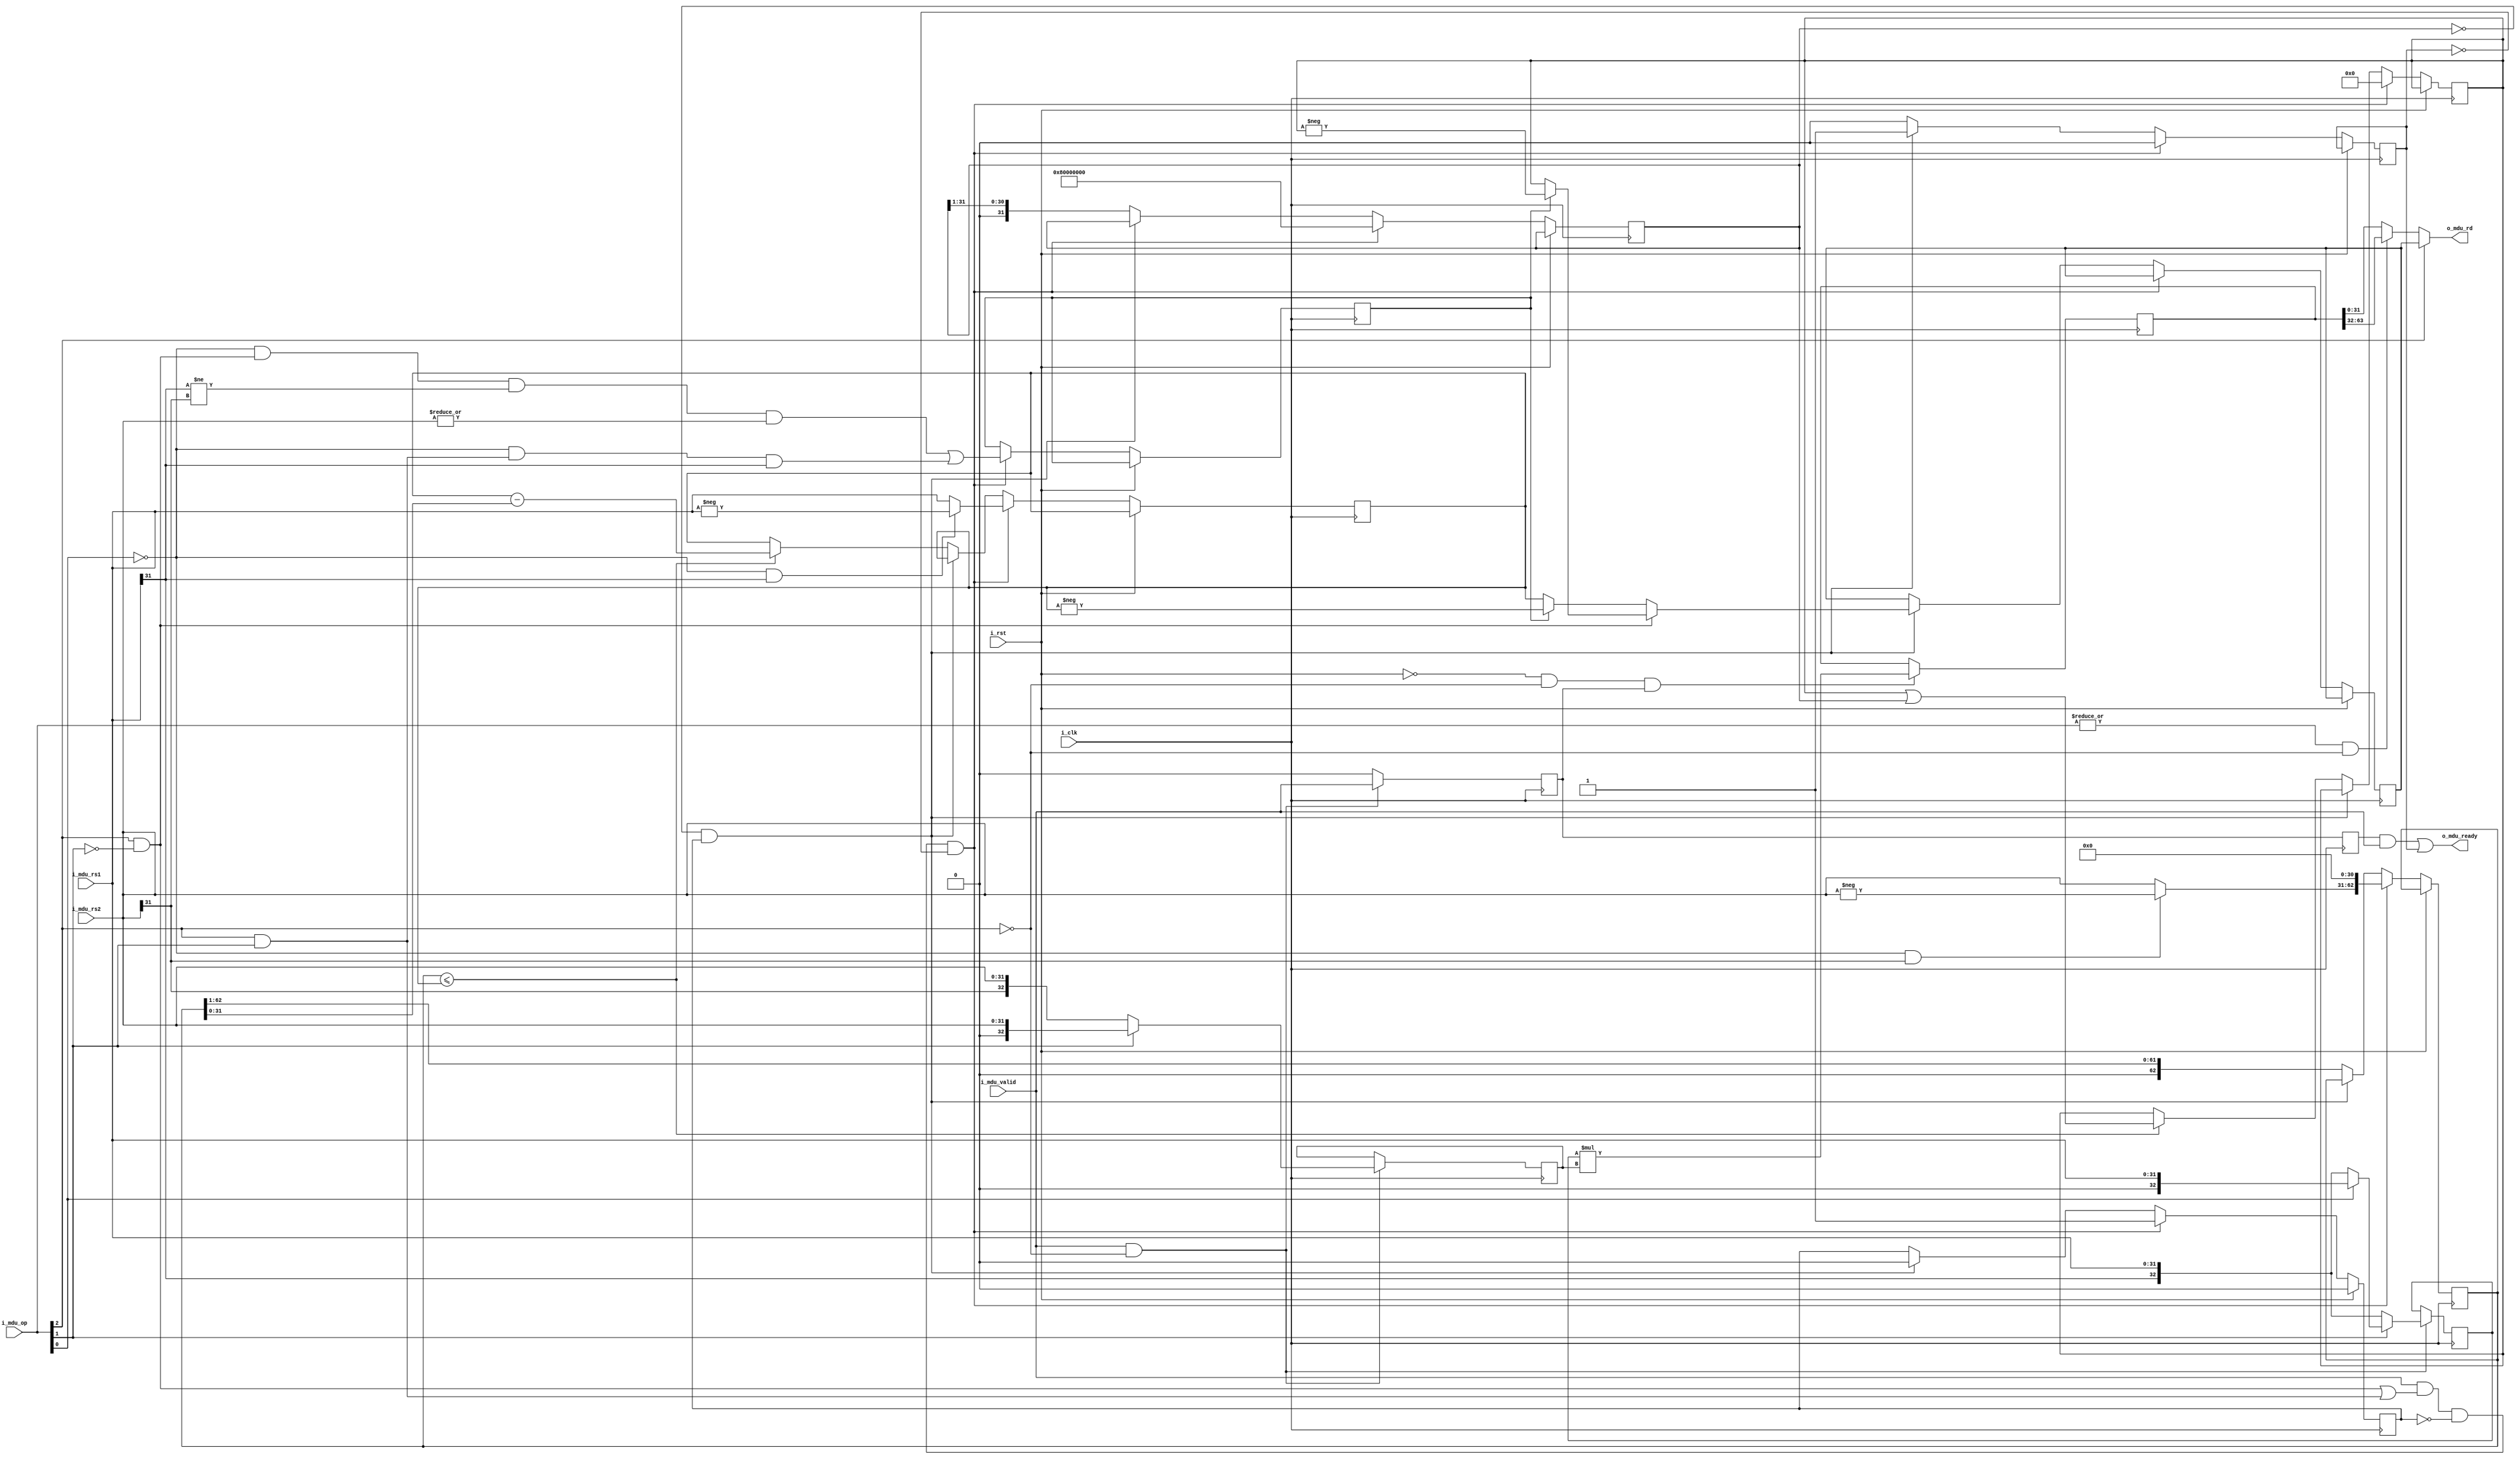
// Licensed under the Apache License, Version 2.0, see LICENSE for details.
// SPDX-License-Identifier: Apache-2.0

`default_nettype none

/* Multiplication & Division Unit */
module mdu_top
#(
  parameter WIDTH = 32
)(
  input  wire             i_clk,  
  input  wire             i_rst,
  input  wire [WIDTH-1:0] i_mdu_rs1,
  input  wire [WIDTH-1:0] i_mdu_rs2,
  input  wire [2:0]       i_mdu_op,
  input  wire             i_mdu_valid,
  output wire             o_mdu_ready,
  output wire [WIDTH-1:0] o_mdu_rd
);

  wire valid  = i_mdu_valid;

  // START MUL //
  reg  [WIDTH:0] rdata_a;
  reg  [WIDTH:0] rdata_b;
  reg  [(2*WIDTH)-1:0] rd;
  wire [WIDTH-1:0] mul_rd; 

  // Control Signals
  reg  mul_en;
  reg  mul_done;
  wire mul_ready;
  wire is_mul          = !i_mdu_op[2];
  wire unsign_mul      =  i_mdu_op[1]; 
  wire sign_unsign_mul =  i_mdu_op[0]; 
  wire is_mulh         = (|i_mdu_op) & is_mul;

  always @(posedge i_clk) begin
    if (valid & is_mul) begin
      mul_en <= valid;
      if (unsign_mul) begin
        /* verilator lint_off WIDTH */
        rdata_a <= sign_unsign_mul ? $unsigned(i_mdu_rs1) : $signed({i_mdu_rs1[31],i_mdu_rs1}); //$signed(i_mdu_rs1);
        rdata_b <= $unsigned(i_mdu_rs2);
      end else begin
        rdata_a <= $signed(i_mdu_rs1);
        rdata_b <= $signed(i_mdu_rs2);
      end
    end else begin
      mul_en <= 1'b0;
    end
  end

  always @(posedge i_clk) begin
    if (!i_rst & is_mul & mul_en) begin
      rd <= $signed(rdata_a)*$signed(rdata_b);
    end
    mul_done <= mul_en;
  end

  assign mul_ready = mul_done & valid;
  assign mul_rd = is_mulh ? rd[(2*WIDTH)-1:WIDTH] : rd[WIDTH-1:0];

  // DIV STARTS //  
  // Taken from picorv32 //
  reg             outsign;
  reg [WIDTH-1:0] dividend;
  reg [WIDTH-1:0] quotient;  
  reg [WIDTH-1:0] quotient_msk;
  reg [WIDTH-1:0] div_rd;
  reg [(2*WIDTH)-2:0] divisor;

  reg  div_ready;
  reg  running;

  wire is_div = i_mdu_op[2] & (!i_mdu_op[1]);
  wire is_rem = i_mdu_op[2] & i_mdu_op[1];
  wire unsign_div_rem = i_mdu_op[0];
  wire prep   = valid & (is_div | is_rem) & !running & !div_ready;	
  
  always @(posedge i_clk) begin
    if (i_rst)  
      running <= 1'b0;
    else if (prep) begin
      dividend <= (!unsign_div_rem & i_mdu_rs1[31]) ? -i_mdu_rs1 : i_mdu_rs1;
      divisor  <= ((!unsign_div_rem & i_mdu_rs2[31]) ? -i_mdu_rs2 : i_mdu_rs2) << 31; 
      outsign  <= (!unsign_div_rem & is_div & (i_mdu_rs1[31] != i_mdu_rs2[31]) & (|i_mdu_rs2)) 
                   | (!unsign_div_rem & is_rem & i_mdu_rs1[31]);
      quotient <= 32'b0;
      quotient_msk <= 1 << 31;
      running <= 1'b1;
      div_ready <= 1'b0;
    end else if (!quotient_msk && running) begin
      running   <= 1'b0;
      div_ready <= 1'b1;
      if (is_div) begin
        div_rd <= outsign ? -quotient : quotient;
      end else begin
        div_rd <= outsign ? -dividend : dividend; 
      end
    end else begin
      div_ready <= 1'b0; 
      if (divisor <= dividend) begin
	      dividend <= dividend - divisor;
	      quotient <= quotient | quotient_msk;
      end
      divisor <= divisor >> 1;
      quotient_msk <= quotient_msk >> 1;
    end
  end

  assign o_mdu_ready = mul_ready | div_ready;
  assign o_mdu_rd = is_mul ? mul_rd : div_rd;

endmodule
`default_nettype wire